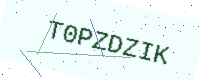
Text: T0PZDZIK